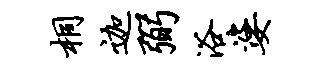
桐迦弼浴婆